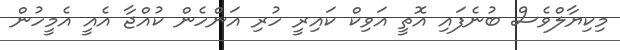
މިކިޔާލްވެސް ބުނެފައި އޮތީ އަވިކް ކައިރީ ހުރި އަންހެން ކުއްޖާ އެއީ އެމީހުން